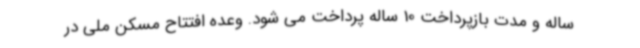
ساله و مدت بازپرداخت 10 ساله پرداخت می شود. وعده افتتاح مسکن ملی در